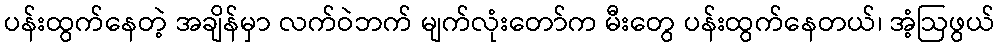
ပန်းထွက်နေတဲ့ အချိန်မှာ လက်ဝဲဘက် မျက်လုံးတော်က မီးတွေ ပန်းထွက်နေတယ်၊ အံ့ဩဖွယ်